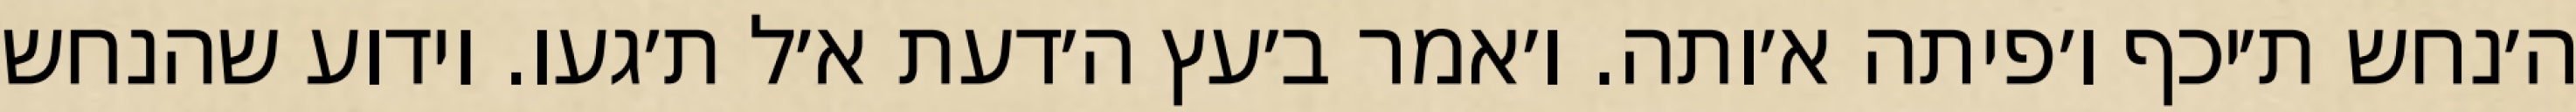
ה׳נחש ת׳יכף ו׳פיתה א׳ותה. ו׳אמר ב׳עץ ה׳דעת א׳ל ת׳געו. וידוע שהנחש